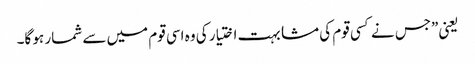
یعنی”جس نے کسی قوم کی مشابہت اختیار کی وہ اسی قوم میں سے شمار ہو گا۔